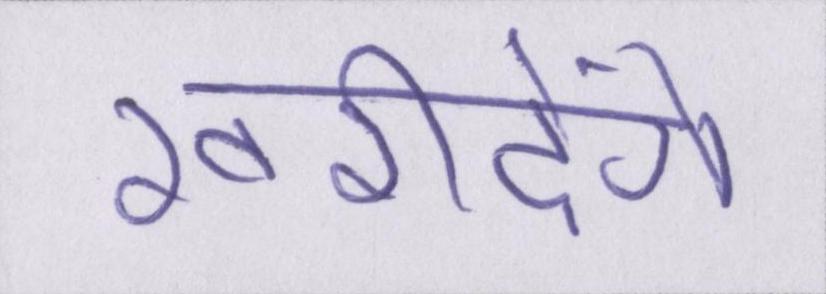
खरीदेंगे